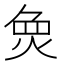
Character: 𱫌